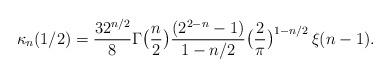
LaTeX: \begin{align*}\kappa_n(1/2) = \frac{32^{n/2}}{8} \Gamma\bigl(\frac{n}{2}\bigr)\frac{(2^{2-n}-1)}{1-n/2}\bigl(\frac{2}{\pi}\bigr)^{1-n/2}\,\xi(n-1).\end{align*}